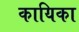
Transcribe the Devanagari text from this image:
कायिका